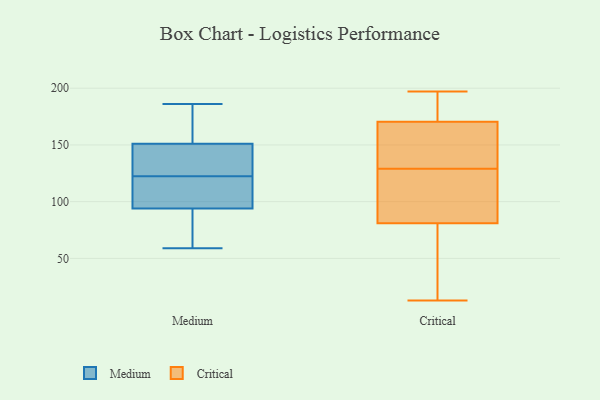
{"axis": {"x": "Population (Million)", "y": "Value"}, "legend": ["Critical", "Medium"], "data": [{"x": "", "y": 59, "type": "Medium"}, {"x": "", "y": 98, "type": "Medium"}, {"x": "", "y": 151, "type": "Medium"}, {"x": "", "y": 63, "type": "Medium"}, {"x": "", "y": 135, "type": "Medium"}, {"x": "", "y": 110, "type": "Medium"}, {"x": "", "y": 94, "type": "Medium"}, {"x": "", "y": 171, "type": "Medium"}, {"x": "", "y": 186, "type": "Medium"}, {"x": "", "y": 149, "type": "Medium"}, {"x": "", "y": 13, "type": "Critical"}, {"x": "", "y": 140, "type": "Critical"}, {"x": "", "y": 54, "type": "Critical"}, {"x": "", "y": 100, "type": "Critical"}, {"x": "", "y": 167, "type": "Critical"}, {"x": "", "y": 45, "type": "Critical"}, {"x": "", "y": 192, "type": "Critical"}, {"x": "", "y": 129, "type": "Critical"}, {"x": "", "y": 166, "type": "Critical"}, {"x": "", "y": 197, "type": "Critical"}, {"x": "", "y": 90, "type": "Critical"}, {"x": "", "y": 181, "type": "Critical"}, {"x": "", "y": 119, "type": "Critical"}]}